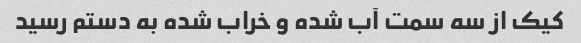
کیک از سه سمت آب شده و خراب شده به دستم رسید